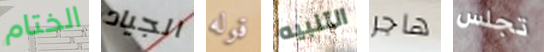
الختام الجياد قوله التنبيه هاجر تجلس